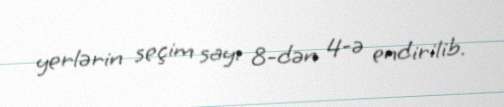
yerlərin seçim sayı 8-dən 4-ə endirilib.